Investigations into the jail dietaries of the United Provinces with some observations on the influence of dietary on the physical development and well-being of the people of the United Provinces - Number 48
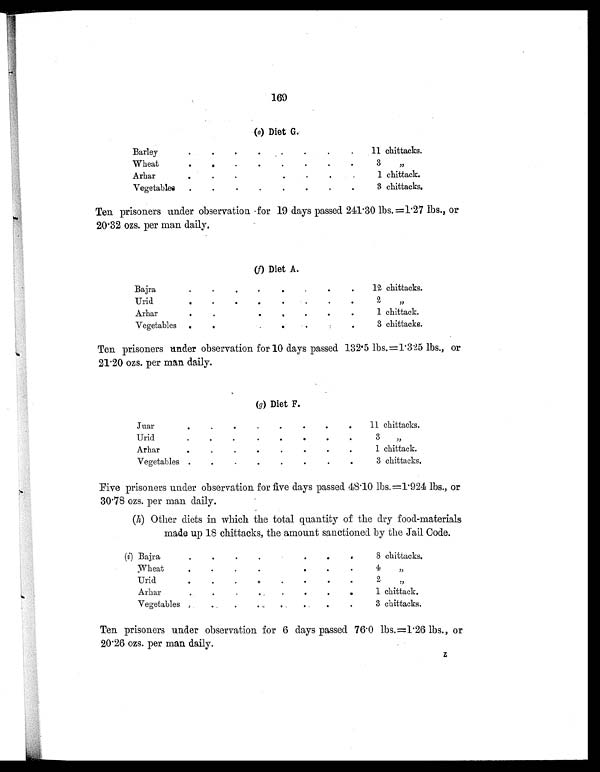
169
(e) Diet G.
Barley
.
.
.
. .
.
.
.
11 chittacks.
Wheat
.
.
.
.
.
.
.
.
3 , ,
Arhar
.
.
.
. .
.
.
.
1 chittack.
Vegetables .
.
.
. .
.
. .
3 c h i t t a c k s .
Ten prisoners under observation for 19 days passed 241.30 lbs. =1.27 lbs., or
20.32 ozs. per man daily.
(f) Diet A.
Bajra
.
.
.
.
. .
.
.
12 chittacks.
Urid
.
.
.
.
.
.
.
.
2 , ,
Arhar
.
.
.
.
.
.
. 1 chittack.
Vegetables .
.
.
.
.
.
. 3 chittacks.
Ten prisoners under observation for 10 days passed 132.5 lbs.=1.325 lbs., or
21.20 ozs. per man daily.
(g) Diet F.
Juar
.
.
.
.
.
.
.
.
11 chittacks.
Uri
.
.
.
.
.
.
.
3 , ,
Arha
. .
.
.
.
.
.
1 chittack.
Vegetables .
. .
.
.
.
. .
3 chittacks.
Five prisoners under observation for five days passed 48.10 lbs,=1.924 lbs., or
30.78 ozs. per man daily.
(h) Other diets in which the total quantity of the dry food-materials
made up 18 chittacks, the amount sanctioned by the Jail Code.
(i) Ba j r a
. .
.
.
.
.
8 chittacks.
Wheat
.
.
.
.
.
.
.
4 ,,
Urid
.
.
.
.
.
. .
.
2 , ,
Arha
. .
.
.
.
. .
.
1 chittack.
Vegetable
. .
.
.
.
. .
.
3 chittacks.
Ten prisoners under observation for 6 days passed 76.0 lbs. =1.26 lbs., or
20.26 ozs. per man daily.
z